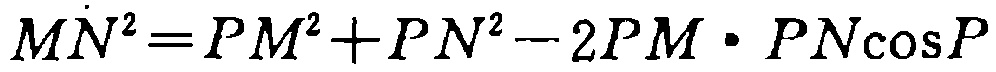
\(MN^{2}=PM^{2}+PN^{2}-2PM\cdot PN\cos P\)